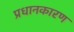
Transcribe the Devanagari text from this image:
प्रधानकारण